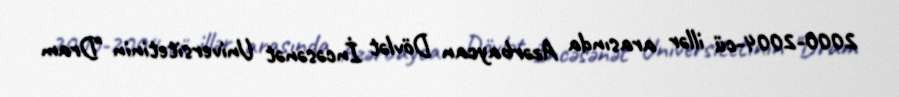
2000-2004-cü illər arasında Azərbaycan Dövlət İncəsənət Universitetinin "Dram